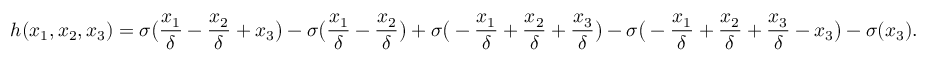
h ( x _ { 1 } , x _ { 2 } , x _ { 3 } ) = \sigma \big ( \frac { x _ { 1 } } { \delta } - \frac { x _ { 2 } } { \delta } + x _ { 3 } \big ) - \sigma \big ( \frac { x _ { 1 } } { \delta } - \frac { x _ { 2 } } { \delta } \big ) + \sigma \big ( - \frac { x _ { 1 } } { \delta } + \frac { x _ { 2 } } { \delta } + \frac { x _ { 3 } } { \delta } \big ) - \sigma \big ( - \frac { x _ { 1 } } { \delta } + \frac { x _ { 2 } } { \delta } + \frac { x _ { 3 } } { \delta } - x _ { 3 } \big ) - \sigma ( x _ { 3 } ) .